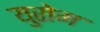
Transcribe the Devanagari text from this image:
युरोम